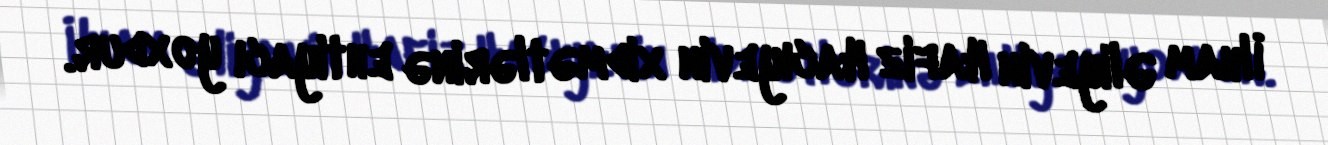
İlham Əliyevin Hafiz Hacıyevin xidmətlərinə ehtiyacı yoxdur.